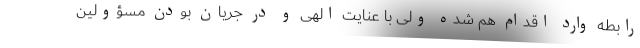
رابطه وارد اقدام هم شده ولی با عنایت الهی و در جریان بودن مسؤولین